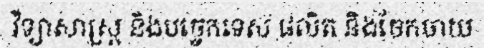
វិទ្យាសាស្ត្រ និងបច្ចេកទេស ផលិត និងចែកចាយ